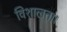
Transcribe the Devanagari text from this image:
विशालता।